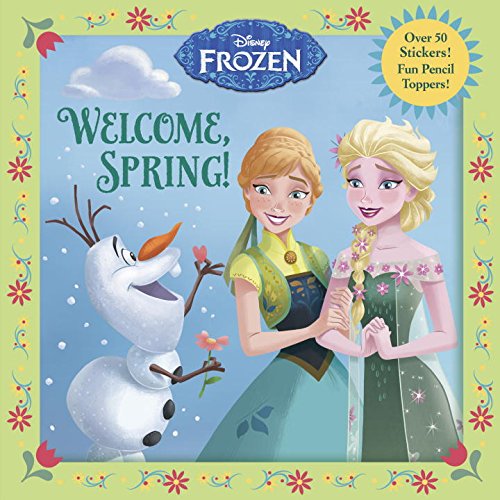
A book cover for Welcome, Spring! (Disney Frozen) (Pictureback(R)); RH Disney; Children's Books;